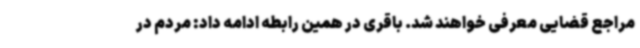
مراجع قضایی معرفی خواهند شد. باقری در همین رابطه ادامه داد: مردم در